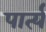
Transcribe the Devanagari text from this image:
पार्त्य